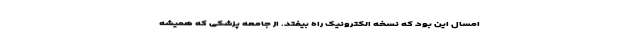
امسال این بود که نسخه الکترونیک راه بیفتد. از جامعه پزشکی که همیشه